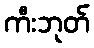
ကီးဘုတ်